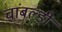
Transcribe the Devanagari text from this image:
चांबल्डी